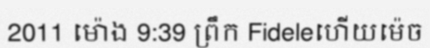
2011 ម៉ោង 9:39 ព្រឹក Fideleហើយម៉េច